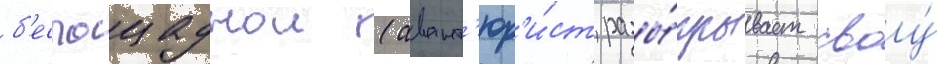
б'еспощаднои (авант'юр'и́ст разы́грывает своу́